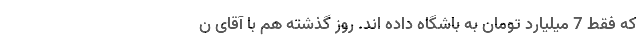
که فقط 7 میلیارد تومان به باشگاه داده اند. روز گذشته هم با آقای ن